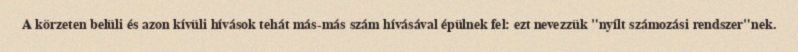
A körzeten belüli és azon kívüli hívások tehát más-más szám hívásával épülnek fel: ezt nevezzük "nyílt számozási rendszer"nek.